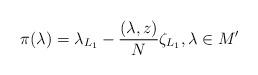
LaTeX: \begin{align*}\pi(\lambda)=\lambda_{L_1}-\frac{(\lambda,z)}{N}\zeta_{L_1},\lambda\in M'\end{align*}